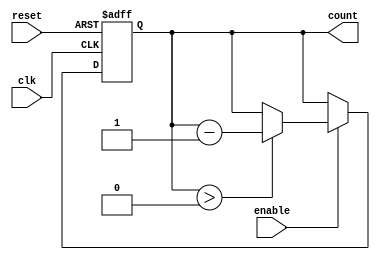
module down_counter (
    input wire clk,       // Clock signal
    input wire enable,    // Enable signal
    input wire reset,     // Reset signal
    output reg [N-1:0] count // Current count value
);
    parameter N = 8; // Define the maximum count value (adjust as needed)
    localparam MAX_COUNT = (1 << N) - 1; // Maximum value based on N

    // Initial state of the counter
    initial begin
        count = MAX_COUNT; // Set counter to maximum value at start
    end

    always @(posedge clk or posedge reset) begin
        if (reset) begin
            count <= MAX_COUNT; // Reset counter to maximum value
        end else if (enable) begin
            if (count > 0) begin
                count <= count - 1; // Decrement the counter
            end
            // If count is 0, it stays at 0 (no wrap around)
        end
        // If enable is low, count retains its value
    end
endmodule